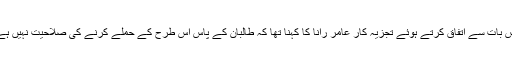
اِس بات سے اتفاق کرتے ہوئے تجزیہ کار عامر رانا کا کہنا تھا کہ طالبان کے پاس اِس طرح کے حملے کرنے کی صلاحیت نہیں ہے۔